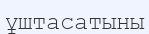
ұштасатыны